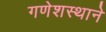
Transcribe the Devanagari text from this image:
गणेशस्थाने